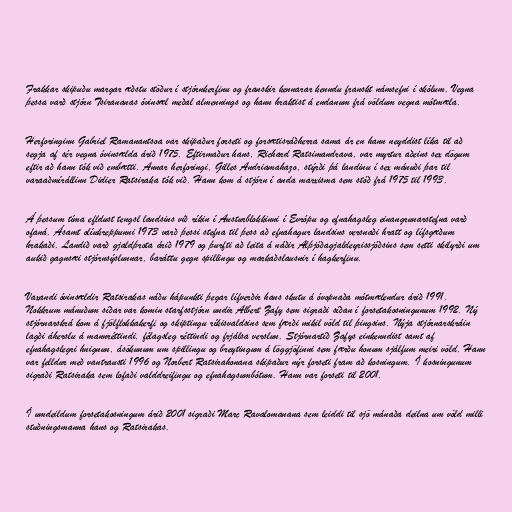
Frakkar skipuðu margar æðstu stöður í stjórnkerfinu og franskir kennarar kenndu franskt námsefni í skólum. Vegna
þessa varð stjórn Tsirananas óvinsæl meðal almennings og hann hraktist á endanum frá völdum vegna mótmæla.

Herforinginn Gabriel Ramanantsoa var skipaður forseti og forsætisráðherra sama ár en hann neyddist líka til að
segja af sér vegna óvinsælda árið 1975. Eftirmaður hans, Richard Ratsimandrava, var myrtur aðeins sex dögum
eftir að hann tók við embætti. Annar herforingi, Gilles Andriamahazo, stýrði þá landinu í sex mánuði þar til
varaaðmírállinn Didier Ratsiraka tók við. Hann kom á stjórn í anda marxisma sem stóð frá 1975 til 1993.

Á þessum tíma efldust tengsl landsins við ríkin í Austurblokkinni í Evrópu og efnahagsleg einangrunarstefna varð
ofaná. Ásamt olíukreppunni 1973 varð þessi stefna til þess að efnahagur landsins versnaði hratt og lífsgæðum
hrakaði. Landið varð gjaldþrota árið 1979 og þurfti að leita á náðir Alþjóðagjaldeyrissjóðsins sem setti skilyrði um
aukið gagnsæi stjórnsýslunnar, baráttu gegn spillingu og markaðslausnir í hagkerfinu.

Vaxandi óvinsældir Ratsirakas náðu hápunkti þegar lífverðir hans skutu á óvopnaða mótmælendur árið 1991.
Nokkrum mánuðum síðar var komin starfsstjórn undir Albert Zafy sem sigraði síðan í forsetakosningunum 1992. Ný
stjórnarskrá kom á fjölflokkakerfi og skiptingu ríkisvaldsins sem færði mikil völd til þingsins. Nýja stjórnarskráin
lagði áherslu á mannréttindi, félagsleg réttindi og frjálsa verslun. Stjórnartíð Zafys einkenndist samt af
efnahagslegri hnignun, ásökunum um spillingu og breytingum á löggjöfinni sem færðu honum sjálfum meiri völd. Hann
var felldur með vantrausti 1996 og Norbert Ratsirahonana skipaður nýr forseti fram að kosningum. Í kosningunum
sigraði Ratsiraka sem lofaði valddreifingu og efnahagsumbótum. Hann var forseti til 2001.

Í umdeildum forsetakosningum árið 2001 sigraði Marc Ravalomanana sem leiddi til sjö mánaða deilna um völd milli
stuðningsmanna hans og Ratsirakas.